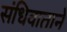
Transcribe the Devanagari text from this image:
संधिवाताने